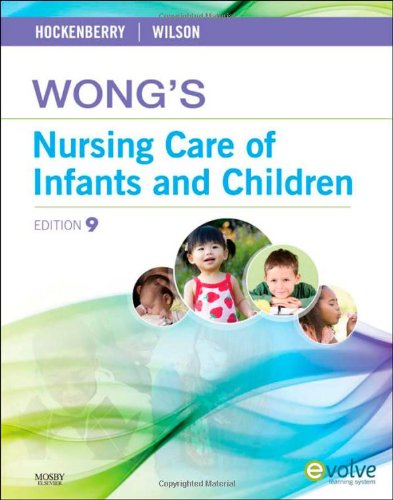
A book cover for Wong's Nursing Care of Infants and Children, 9th Edition; Medical Books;